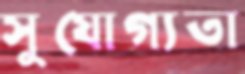
সুযোগ্যতা